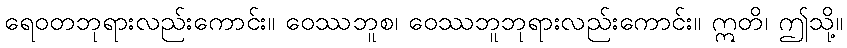
ရေဝတဘုရားလည်းကောင်း။ ဝေဿဘူစ၊ ဝေဿဘူဘုရားလည်းကောင်း။ ဣတိ၊ ဤသို့။